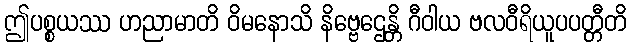
ဤပစ္စယဿ ဟညာမာတိ ဝိမနောသိ နိဗ္ဗေဌေန္တိ ဂီဝါယ ဗလဝီရိယူပပတ္တီတိ